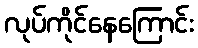
လုပ်ကိုင်နေကြောင်း